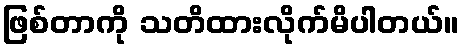
ဖြစ်တာကို သတိထားလိုက်မိပါတယ်။